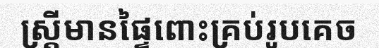
ស្ត្រីមានផ្ទៃពោះគ្រប់រូបគេច